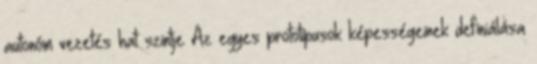
autonóm vezetés hat szintje Az egyes prototípusok képességeinek definiálása